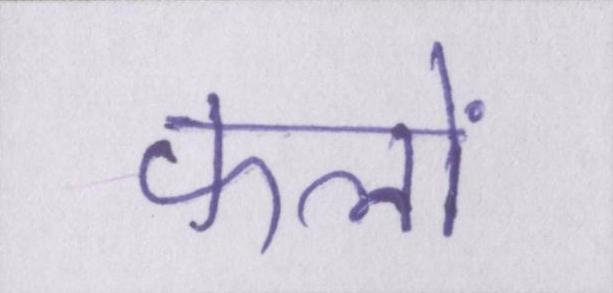
फलों